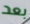
بعد